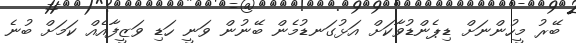
ބޭރު މީހުންނަށް ޑިޕެންޑުވާކަށް އަޅުގަނޑުމެން ބޭނުން ވަނީ ހަޑި ވަޒީފާއެއް ކަމަށް ބުނެ